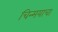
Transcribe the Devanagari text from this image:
चिन्मयाचा